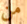
من